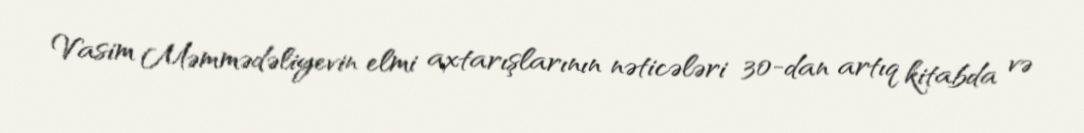
Vasim Məmmədəliyevin elmi axtarışlarının nəticələri 30-dan artıq kitabda və